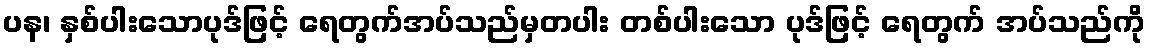
ပန၊ နှစ်ပါးသောပုဒ်ဖြင့် ရေတွက်အပ်သည်မှတပါး တစ်ပါးသော ပုဒ်ဖြင့် ရေတွက် အပ်သည်ကို